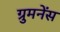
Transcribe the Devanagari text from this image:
ग्रुमनेंस